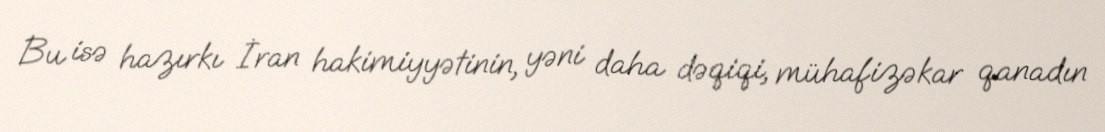
Bu isə hazırkı İran hakimiyyətinin, yəni daha dəqiqi, mühafizəkar qanadın